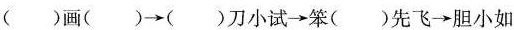
()画()→()刀小试→笨()先飞→胆小如